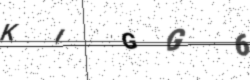
Text: KIGG6